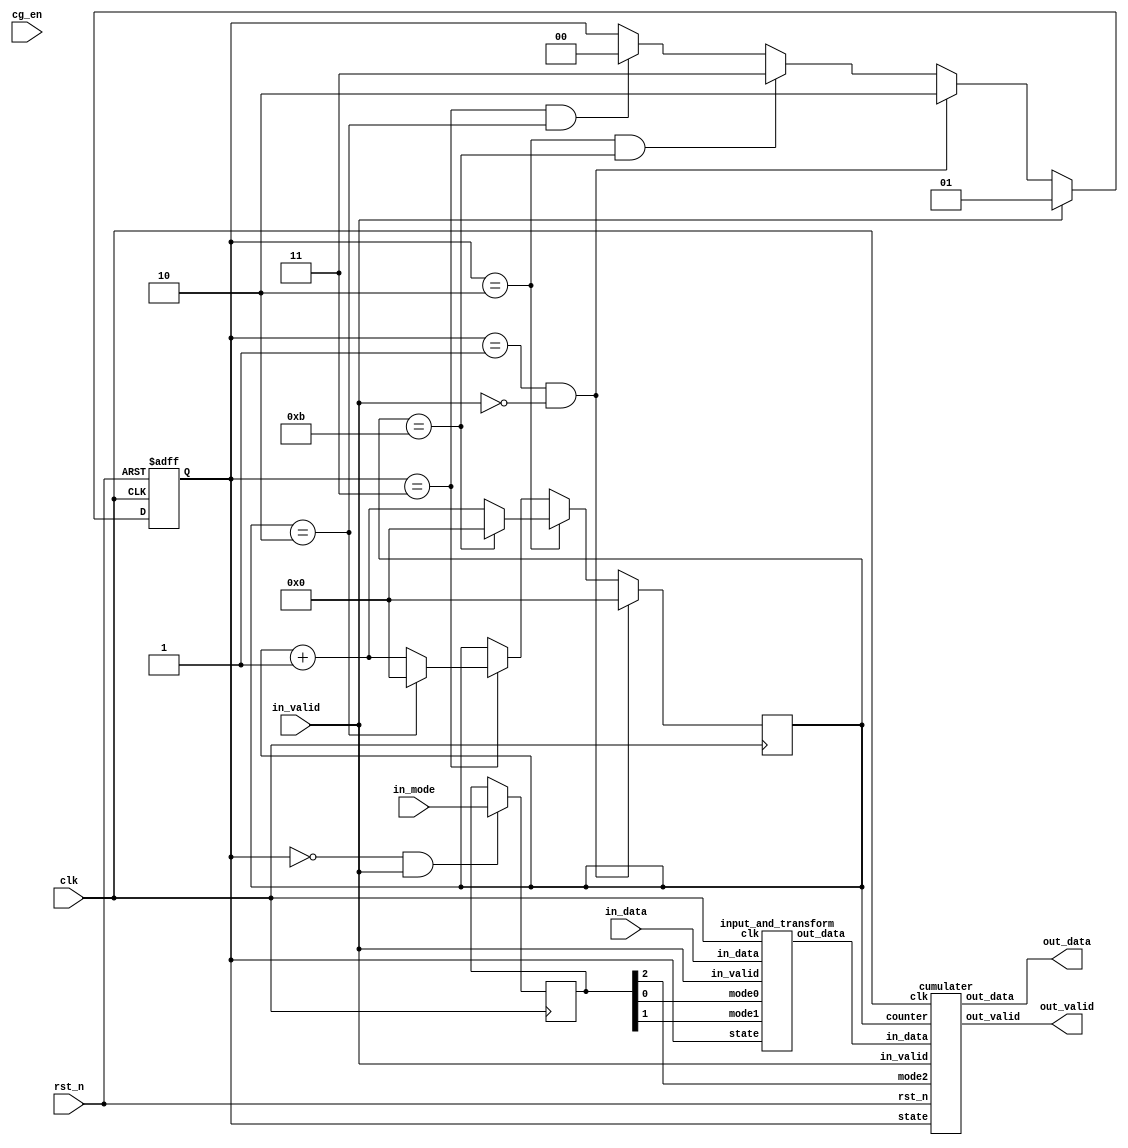
module SP(
	// Input signals
	clk,
	rst_n,
	cg_en,
	in_valid,
	in_data,
	in_mode,
	// Output signals
	out_valid,
	out_data
);
// PARAMETERs DECLARATION
parameter RESET = 0;
parameter INPUTMODE = 1;
parameter CUMULATE = 2;
parameter OUTPUTMODE = 3;


// INPUT AND OUTPUT DECLARATION  
input		clk;
input		rst_n;
input		in_valid;
input		cg_en;
input [8:0] in_data;
input [2:0] in_mode;

output  		  out_valid;
output signed [9:0] out_data;

wire [8:0] data_tran;


reg [1:0] state;
reg [1:0] next_state;
reg [2:0] mode_s;
reg [3:0] counter;
//----------------------
// FSM
//----------------------


always@( negedge rst_n or posedge clk )begin
	if( !rst_n ) state <= RESET;
	else state <= next_state;
end
always@(*)begin
	if(in_valid) next_state = INPUTMODE;
	else if((state == INPUTMODE) && !in_valid) next_state = CUMULATE;
	else if((state == CUMULATE) && (counter == 11)) next_state = OUTPUTMODE;
	else if((state == OUTPUTMODE) && (counter == 2)) next_state = RESET;
	else next_state = state;
end

//----------------------
// DATA reg
//----------------------

always@(posedge clk)begin
	if((state == RESET) && (in_valid)) mode_s <= in_mode;
end

always@(posedge clk)begin
	if((state == INPUTMODE) && (!in_valid)) counter <= 0;
	else if(state == CUMULATE) begin
		if(counter == 11) counter <= 0;
		else counter <= counter + 1;
	end
	else if(state == OUTPUTMODE) begin
		if(counter == 2) counter <= 0;
		else counter <= counter + 1;
	end
end

input_and_transform T1 (.clk(clk),.in_valid(in_valid),.mode0(mode_s[0]),.mode1(mode_s[1]),.in_data(in_data),.state(state),.out_data(data_tran));
cumulater C1 (.rst_n(rst_n),.clk(clk),.in_valid(in_valid),.in_data(data_tran),.mode2(mode_s[2]),.state(state),.counter(counter),.out_data(out_data),.out_valid(out_valid));


endmodule

module input_and_transform(clk,in_valid,mode0,mode1,in_data,state,out_data);
	// PARAMETERs DECLARATION
	parameter RESET = 0;
	parameter INPUTMODE = 1;
	parameter CUMULATE = 2;
	parameter OUTPUTMODE = 3;
	integer i;

	input clk,in_valid,mode0,mode1;
	input [8:0] in_data;
	input [1:0] state;
	output wire signed [8:0] out_data;
	reg out_valid;

	reg [8:0] data_1 [0:8];
	reg [8:0] data_t;

	reg signed [8:0] max,min;
	wire signed [9:0] sum;
	assign sum = {max[8],max} + {min[8],min};
	wire signed [8:0] half_sum;
	assign half_sum = (sum[9]==1'b1) ? (sum[9:1] + sum[0]) : sum[9:1] ;

	wire signed [8:0] data_cmp;
	
	reg [8:0] num;
	reg [8:0] dec_num;
	reg [8:0] data_t_to_1;

	assign out_data = (mode1) ? (data_1[0] - half_sum) : data_1[0];
	assign data_cmp = data_t_to_1;
	// num , dec_num;
	always@(*)begin
		if(data_t[8])begin
			case(data_t[3:0])
				4'd3 :   num = 9'd0;
				4'd4 :   num = 9'd511;
				4'd5 :   num = 9'd510;
				4'd6 :   num = 9'd509;
				4'd7 :   num = 9'd508;
				4'd8 :   num = 9'd507;
				4'd9 :   num = 9'd506;
				4'd10:   num = 9'd505;
				4'd11:   num = 9'd504;
				4'd12:   num = 9'd503;
				default: num = 9'd0;
			endcase
			case(data_t[7:4])
				4'd3 :   dec_num = 9'd0 ;
				4'd4 :   dec_num = 9'd502;
				4'd5 :   dec_num = 9'd492;
				4'd6 :   dec_num = 9'd482;
				4'd7 :   dec_num = 9'd472;
				4'd8 :   dec_num = 9'd462;
				4'd9 :   dec_num = 9'd452;
				4'd10:   dec_num = 9'd442;
				4'd11:   dec_num = 9'd432;
				4'd12:   dec_num = 9'd422;
				default: dec_num = 9'd0 ;
			endcase
		end
		else begin
			case(data_t[3:0])
				4'd3 :   num = 9'd0;
				4'd4 :   num = 9'd1;
				4'd5 :   num = 9'd2;
				4'd6 :   num = 9'd3;
				4'd7 :   num = 9'd4;
				4'd8 :   num = 9'd5;
				4'd9 :   num = 9'd6;
				4'd10:   num = 9'd7;
				4'd11:   num = 9'd8;
				4'd12:   num = 9'd9;
				default: num = 9'd0;
			endcase
			case(data_t[7:4])
				4'd3 :   dec_num = 9'd0 ;
				4'd4 :   dec_num = 9'd10;
				4'd5 :   dec_num = 9'd20;
				4'd6 :   dec_num = 9'd30;
				4'd7 :   dec_num = 9'd40;
				4'd8 :   dec_num = 9'd50;
				4'd9 :   dec_num = 9'd60;
				4'd10:   dec_num = 9'd70;
				4'd11:   dec_num = 9'd80;
				4'd12:   dec_num = 9'd90;
				default: dec_num = 9'd0 ;
			endcase
		end
	end
	//data_t_to_1
	always@(*)begin
		if(mode0) data_t_to_1 = num + dec_num;
		else  data_t_to_1 = data_t;
	end

	

	//data_1
	always@(posedge clk)begin
		if(state == INPUTMODE)begin
			data_1[8] <= data_t_to_1;
			for(i=1;i<9;i=i+1) data_1[i-1] <= data_1[i];
		end
		else if(state == CUMULATE)begin
			data_1[8] <= data_t_to_1;
			for(i=1;i<9;i=i+1) data_1[i-1] <= data_1[i];
		end
	end
	//data_t
	always@(posedge clk)begin
		if(in_valid) data_t <= in_data;
	end
	//max,min;
	always@(posedge clk)begin
		if(state == RESET)begin
			max <= 9'b100000000;
			min <= 9'b011111111;
		end
		else if(state == INPUTMODE)begin
			if(data_cmp > max) max <= data_cmp;
			if(data_cmp < min) min <= data_cmp;
		end
	end


endmodule

module cumulater(rst_n,clk,in_valid,in_data,mode2,state,counter,out_data,out_valid);
	// PARAMETERs DECLARATION
	parameter RESET = 0;
	parameter INPUTMODE = 1;
	parameter CUMULATE = 2;
	parameter OUTPUTMODE = 3;
	integer i;

	input rst_n,clk,in_valid;
	input [8:0] in_data;
	input mode2;
	input [1:0] state;
	input [3:0] counter;

	output reg signed [9:0] out_data;
	output reg out_valid;

	reg signed [8:0] data_t1;
	reg signed [8:0] data_t2;
	wire signed [10:0] cumu_num;
	assign cumu_num = {data_t1[8],data_t1,1'b0} + {data_t2[8],data_t2[8],data_t2};
	wire signed [10:0] cumu_result;
	assign cumu_result = cumu_num / 3;
	wire signed [10:0] A,B,C;
	wire signed [10:0] seq_sum;
	assign seq_sum = A + B + C;

	reg [9:0] data_3 [0:8];

	reg flag_1,flag_2;
	reg [3:0] max_seq_num;
	reg signed [10:0] max_seq_value;

	assign A = {data_3[8][9],data_3[8]};
	assign B = {data_3[7][9],data_3[7]};
	assign C = {data_3[6][9],data_3[6]};
	//out_data
	always@(negedge rst_n or posedge clk)begin
		if(!rst_n) out_data <= 0;
		else if (((state == CUMULATE) && counter == 11) || ((state == OUTPUTMODE) && counter != 2)) out_data <= data_3[max_seq_num];
		else if ((state == OUTPUTMODE) && counter == 2) out_data <= 0;
	end
	//out_valid
	always@(negedge rst_n or posedge clk)begin
		if(!rst_n) out_valid <= 0;
		else if ((state == CUMULATE) && counter == 11) out_valid <= 1;
		else if ((state == OUTPUTMODE) && counter == 2) out_valid <= 0;
	end

	// data_t1 , data_t2
	always@(posedge clk)begin
		if((state == CUMULATE) && !flag_1)begin
			if(mode2) data_t1 <= in_data;
			data_t2 <= in_data;
		end
		else if(state == CUMULATE)begin
			if(mode2) data_t1 <= cumu_result[9:0];
			data_t2 <= in_data;
		end
	end
	// data_3
	always@(posedge clk)begin
		if((state == CUMULATE) && flag_1 && (counter < 10))begin
			if(mode2)begin
				data_3[8] <= cumu_result[9:0];
			end
			else begin
				data_3[8] <= {data_t2[8],data_t2};
			end
			for(i=1;i<9;i=i+1) data_3[i-1] <= data_3[i] ;
		end
	end
	// flag_1
	always@(posedge clk)begin
		if((state == INPUTMODE) && !in_valid) flag_1 <= 0;
		else if((state == CUMULATE) && (flag_1 == 0)) flag_1 <= 1;
		else if((state == CUMULATE) && (counter == 11)) flag_1 <= 0;
	end

	// flag_2
	always@(posedge clk)begin
		if((state == INPUTMODE) && !in_valid) flag_2 <= 0;
		else if((state == CUMULATE) && (counter == 3)) flag_2 <= 1;
		else if((state == CUMULATE) && (counter == 11)) flag_2 <= 0;
	end
	// max_seq_num
	always@(posedge clk)begin
		if((state == CUMULATE) && flag_2)begin
			if((seq_sum > max_seq_value) && counter != 11)begin
				case(counter)
					4 :max_seq_num <= 0;
					5 :max_seq_num <= 1;
					6 :max_seq_num <= 2;
					7 :max_seq_num <= 3;
					8 :max_seq_num <= 4;
					9 :max_seq_num <= 5;
					10:max_seq_num <= 6;
				endcase
			end
			else if(counter == 11) max_seq_num <= max_seq_num + 1;
		end
		else if(state == OUTPUTMODE)begin
			max_seq_num <= max_seq_num + 1;
		end
	end
	// max_seq_value
	always@(posedge clk)begin
		if((state == INPUTMODE) && !in_valid) max_seq_value <= 11'b10000000000;
		else if((state == CUMULATE) && flag_2)begin
			if(seq_sum > max_seq_value)begin
				max_seq_value <= seq_sum;
			end
		end
	end

endmodule